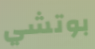
بوتشي